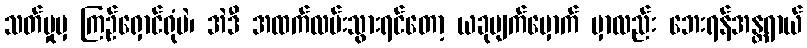
သတ်မှုမှ ကြဉ်ရှောင်ရုံပဲ၊ အဲဒီ အထက်လမ်းသွားရင်တော့ ယခုမျက်မှောက် မှာလည်း ဘေးရန်အန္တရာယ်